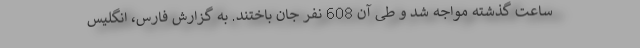
ساعت گذشته مواجه شد و طی آن 608 نفر جان باختند. به گزارش فارس، انگلیس